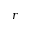
r